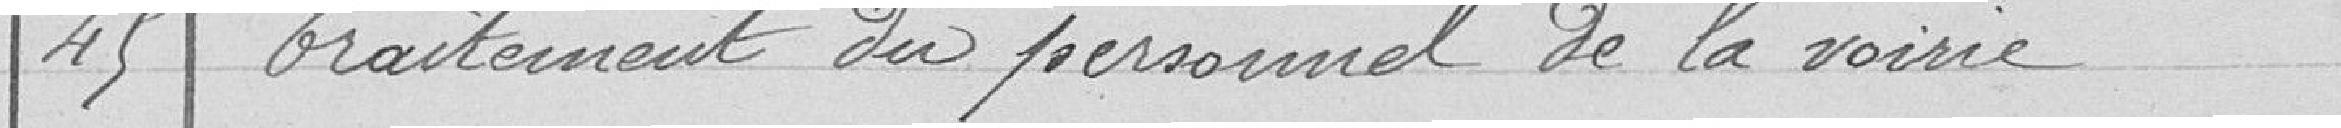
45 Traitement du personnel de la voirie